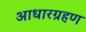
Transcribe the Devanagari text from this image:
आधारग्रहण